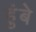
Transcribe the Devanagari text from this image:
हुंबे